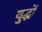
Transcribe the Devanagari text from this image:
यु्द्धों